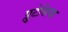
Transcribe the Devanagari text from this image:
प्लूटेसिया